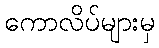
ကောလိပ်များမှ